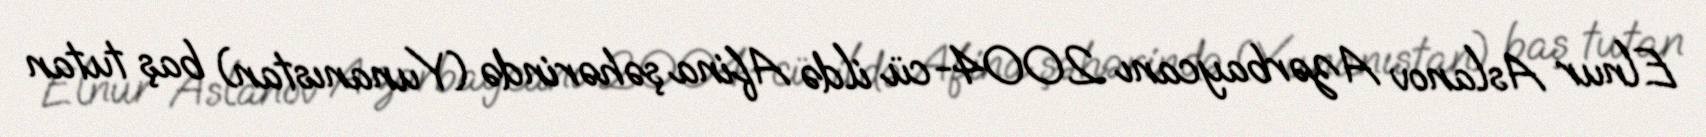
Elnur Aslanov Azərbaycanı 2004-cü ildə Afina şəhərində (Yunanıstan) baş tutan